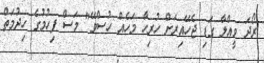
ރޯދަ ވީއްލާ ގަޑި ޖެހޭއިރަށް ހުރިހާ މަހެއް ހުސްވޭ" މަސް ފިހުމުގެ ހިދުމަތް